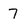
Character: 7